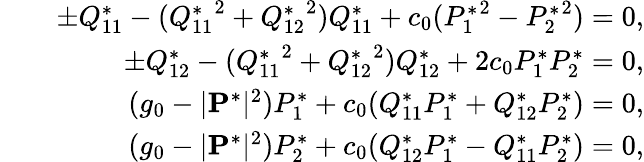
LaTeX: \begin{array}{rlr}&{}&{\pm Q_{11}^{*}-({Q_{11}^{*}}^{2}+{Q_{12}^{*}}^{2})Q_{11}^{*}+c_{0}({P_{1}^{*}}^{2}-{P_{2}^{*}}^{2})=0,}\\ &{}&{\pm Q_{12}^{*}-({Q_{11}^{*}}^{2}+{Q_{12}^{*}}^{2})Q_{12}^{*}+2c_{0}P_{1}^{*}P_{2}^{*}=0,}\\ &{}&{(g_{0}-|{\mathbf P^{*}}|^{2})P_{1}^{*}+c_{0}(Q_{11}^{*}P_{1}^{*}+Q_{12}^{*}P_{2}^{*})=0,}\\ &{}&{(g_{0}-|{\mathbf P}^{*}|^{2})P_{2}^{*}+c_{0}(Q_{12}^{*}P_{1}^{*}-Q_{11}^{*}P_{2}^{*})=0,}\end{array}